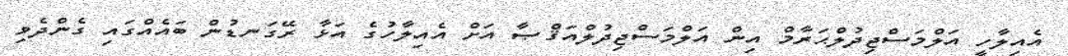
އެއިލާހީ އަލްމަސްޖިދުލްޙަރާމް އިން އަލްމަސްޖިދުލްއަޤްޞާ އަށް އެއިލާހުގެ އަޅާ ރޭގަނޑުން ބައެއްގައި ގެންދެވި